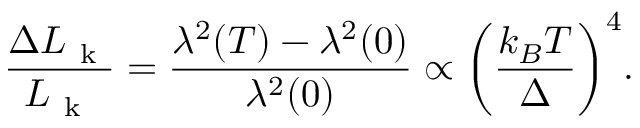
\frac { \Delta L _ { \mathrm { ~ k ~ } } } { L _ { \mathrm { ~ k ~ } } } = \frac { \lambda ^ { 2 } ( T ) - \lambda ^ { 2 } ( 0 ) } { \lambda ^ { 2 } ( 0 ) } \propto \bigg ( \frac { k _ { B } T } { \Delta } \bigg ) ^ { 4 } .